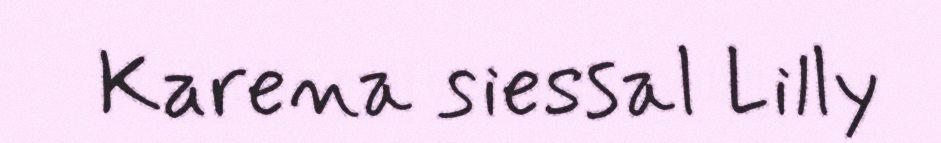
Karena siessal Lilly